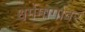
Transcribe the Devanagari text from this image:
धर्ममार्गावर